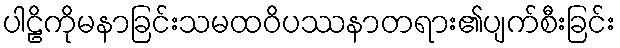
ပါဠိကိုမနာခြင်းသမထဝိပဿနာတရား၏ပျက်စီးခြင်း